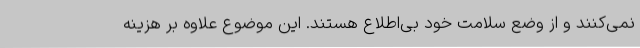
نمی‌کنند و از وضع سلامت خود بی‌اطلاع هستند. این موضوع علاوه بر هزینه